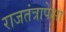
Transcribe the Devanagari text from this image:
राजतंत्रापेक्षा